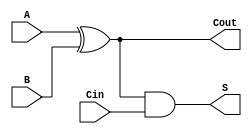
module AproximateAdder(input A, B, Cin, output S, Cout);

assign S = (A ^ B) & Cin;
assign Cout = A ^ B;

endmodule